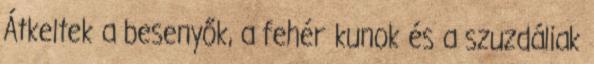
Átkeltek a besenyők, a fehér kunok és a szuzdáliak